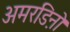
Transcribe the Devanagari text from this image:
अमरडिऩो